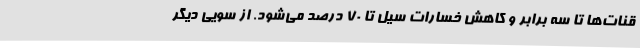
قنات‌ها تا سه برابر و کاهش خسارات سیل تا 70 درصد می‌شود. از سویی دیگر